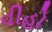
વીહો